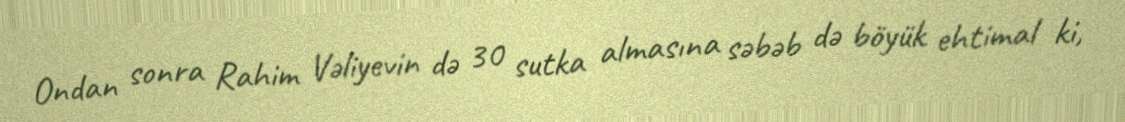
Ondan sonra Rahim Vəliyevin də 30 sutka almasına səbəb də böyük ehtimal ki,